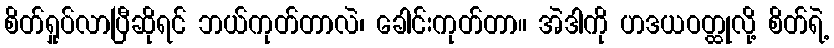
စိတ်ရှုပ်လာပြီဆိုရင် ဘယ်ကုတ်တာလဲ၊ ခေါင်းကုတ်တာ။ အဲဒါကို ဟဒယဝတ္ထုလို့ စိတ်ရဲ့